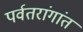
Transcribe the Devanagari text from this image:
पर्वतरांगांत